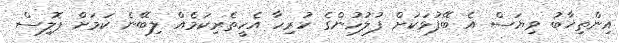
އިންތިޚާބު ވިޔަސް އެ ބޭފުޅަކަށް ފުލުހުންގެ ހުރިހާ އެހީތެރިކަމެއް ލިބޭނެ ކަމަށް ޕޮލިސް